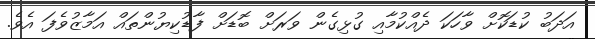
އަދަބު ކުޑަކޮށް ވާހަކަ ދެއްކުމާއި ގުޅިގެން ވަރަށް ބޮޑަށް ފާޑުކިޔުންތައް އަމާޒުވެފަ އެވެ.